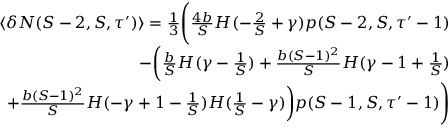
\begin{array} { r } { \langle \delta N ( S - 2 , S , \tau ^ { \prime } ) \rangle = \frac { 1 } { 3 } \Bigg ( \frac { 4 b } { S } H ( - \frac { 2 } { S } + \gamma ) p ( S - 2 , S , \tau ^ { \prime } - 1 ) } \\ { - \bigg ( \frac { b } { S } H ( \gamma - \frac { 1 } { S } ) + \frac { b ( S - 1 ) ^ { 2 } } { S } H ( \gamma - 1 + \frac { 1 } { S } ) } \\ { + \frac { b ( S - 1 ) ^ { 2 } } { S } H ( - \gamma + 1 - \frac { 1 } { S } ) H ( \frac { 1 } { S } - \gamma ) \bigg ) p ( S - 1 , S , \tau ^ { \prime } - 1 ) \Bigg ) } \end{array}